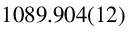
1 0 8 9 . 9 0 4 ( 1 2 )